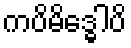
ကပိမိဒ္ဓေါပိ